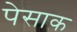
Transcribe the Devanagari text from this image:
पेसाक